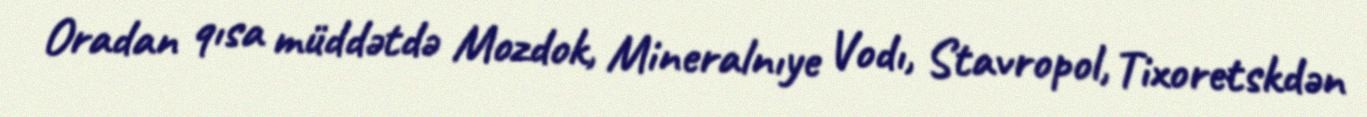
Oradan qısa müddətdə Mozdok, Mineralnıye Vodı, Stavropol, Tixoretskdən